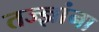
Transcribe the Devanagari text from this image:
तज्‍ज्ञांना